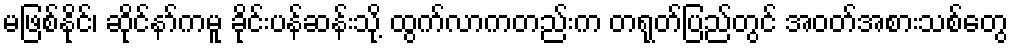
မဖြစ်နိုင်၊ ဆိုင်နာ်ကမူ ခိုင်းပန်ဆန်းသို့ ထွက်လာကတည်းက တရုတ်ပြည်တွင် အဝတ်အစားသစ်တွေ